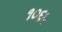
૧૦૬૨